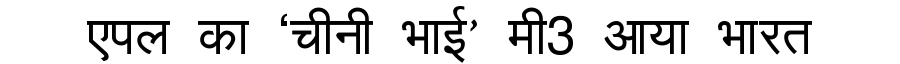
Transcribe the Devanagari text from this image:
एपल का ‘चीनी भाई’ मी3 आया भारत